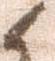
候